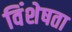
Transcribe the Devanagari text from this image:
विंशेषता